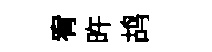
宥旿鸪